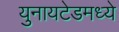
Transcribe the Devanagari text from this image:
युनायटेडमध्ये